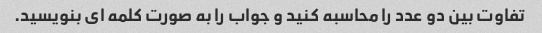
تفاوت بین دو عدد را محاسبه کنید و جواب را به صورت کلمه ای بنویسید.